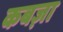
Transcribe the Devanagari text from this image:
कबज़ा